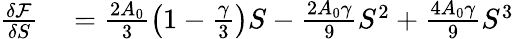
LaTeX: \begin{array}{rl}{\frac{\delta\mathcal{F}}{\delta{S}}}&{{}=\frac{2A_{0}}{3}\left(1-\frac{\gamma}{3}\right)S-\frac{2A_{0}\gamma}{9}S^{2}+\frac{4A_{0}\gamma}{9}S^{3}}\end{array}